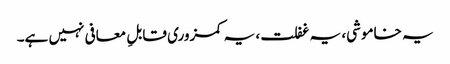
یہ خاموشی، یہ غفلت، یہ کمزوری قابلِ معافی نہیں ہے۔